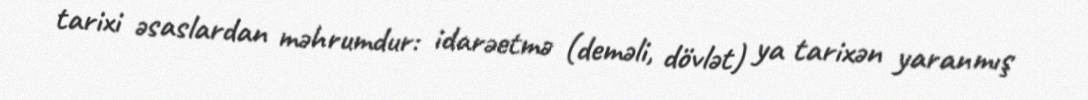
tarixi əsaslardan məhrumdur: idarəetmə (deməli, dövlət) ya tarixən yaranmış